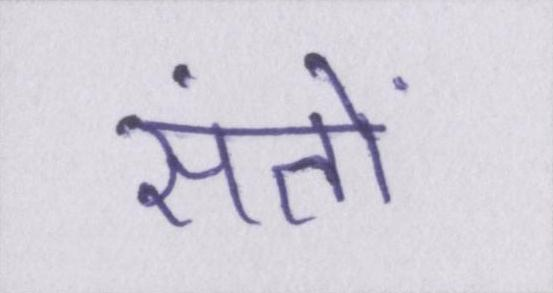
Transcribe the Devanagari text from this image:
संतों